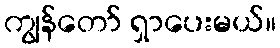
ကျွန်တော် ရှာပေးမယ်။